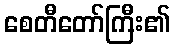
စေတီတော်ကြီး၏